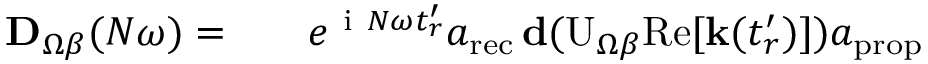
\begin{array} { r l r } { \mathbf { D } _ { \Omega \beta } ( N \omega ) = } & { { } } & { e ^ { \mathrm { ~ i ~ } N \omega t _ { r } ^ { \prime } } a _ { \mathrm { r e c } } \, \mathbf { d } ( \mathrm { U } _ { \Omega \beta } \mathrm { R e } [ \mathbf { k } ( t _ { r } ^ { \prime } ) ] ) a _ { \mathrm { p r o p } } \, } \end{array}